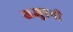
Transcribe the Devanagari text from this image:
खजुरनी